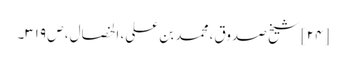
[۲۴] شیخ صدوق، محمد بن علی، الخصال، ص ۳۱۹۔